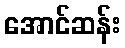
အောင်ဆန်း